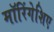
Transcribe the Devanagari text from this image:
मॉरिंगेशिए